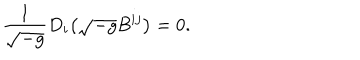
\frac { 1 } { \sqrt { - g } } D _ { i } \bigl ( \sqrt { - g } B ^ { i j } \bigr ) = 0 .